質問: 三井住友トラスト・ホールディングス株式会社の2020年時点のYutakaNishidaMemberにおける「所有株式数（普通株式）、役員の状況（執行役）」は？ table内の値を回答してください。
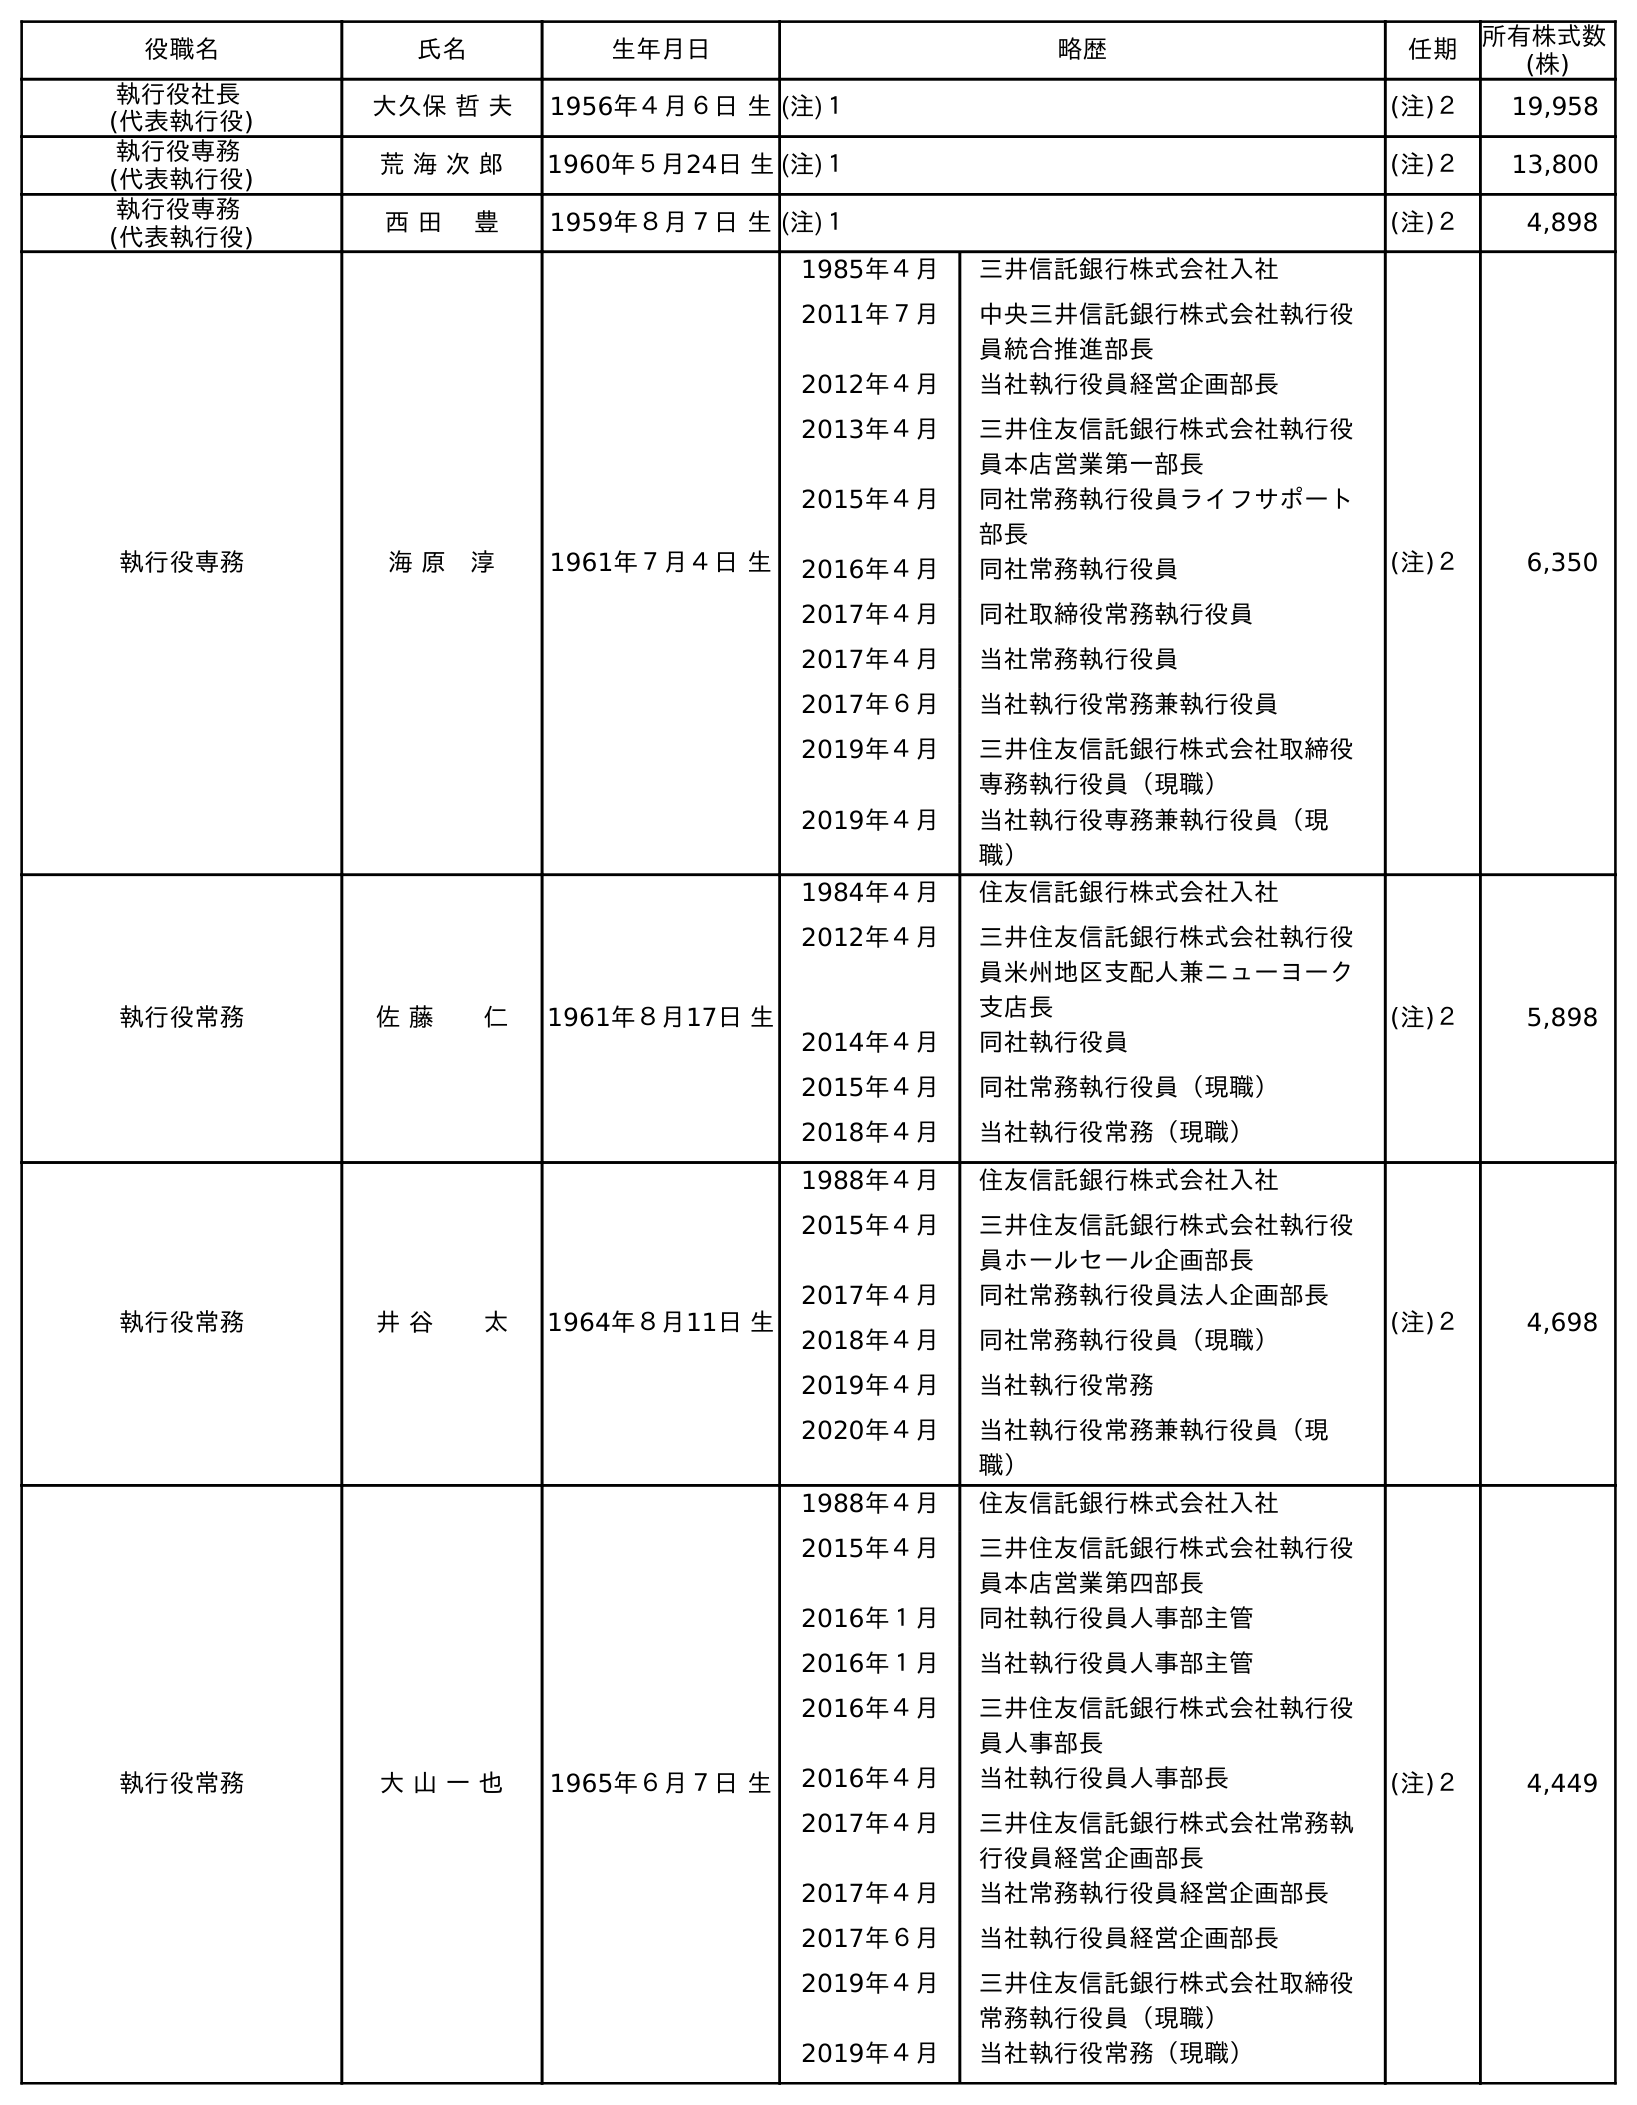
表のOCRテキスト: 役職名 氏名 生年月日 略歴 任期 所有株式数 (株) 執行役社長 (代表執行役) 大久保 哲 夫 1956年４月６日 生(注)１ (注)２ 19,958 執行役専務 (代表執行役) 荒 海 次 郎 1960年５月24日 生(注)１ (注)２ 13,800 執行役専務 (代表執行役) 西 田 豊 1959年８月７日 生(注)１ (注)２ 4,898 執行役専務 海 原 淳 1961年７月４日 生 1985年４月 三井信託銀行株式会社入社 2011年７月 中央三井信託銀行株式会社執行役 員統合推進部長 2012年４月 当社執行役員経営企画部長 2013年４月 三井住友信託銀行株式会社執行役 員本店営業第一部長 2015年４月 同社常務執行役員ライフサポート 部長 2016年４月 同社常務執行役員 2017年４月 同社取締役常務執行役員 2017年４月 当社常務執行役員 2017年６月 当社執行役常務兼執行役員 2019年４月 三井住友信託銀行株式会社取締役 専務執行役員（現職） 2019年４月 当社執行役専務兼執行役員（現 職） (注)２ 6,350 執行役常務 佐 藤  仁 1961年８月17日 生 1984年４月 住友信託銀行株式会社入社 2012年４月 三井住友信託銀行株式会社執行役 員米州地区支配人兼ニューヨーク 支店長 2014年４月 同社執行役員 2015年４月 同社常務執行役員（現職） 2018年４月 当社執行役常務（現職） (注)２ 5,898 執行役常務 井 谷  太 1964年８月11日 生 1988年４月 住友信託銀行株式会社入社 2015年４月 三井住友信託銀行株式会社執行役 員ホールセール企画部長 2017年４月 同社常務執行役員法人企画部長 2018年４月 同社常務執行役員（現職） 2019年４月 当社執行役常務 2020年４月 当社執行役常務兼執行役員（現 職） (注)２ 4,698 執行役常務 大 山 一 也 1965年６月７日 生 1988年４月 住友信託銀行株式会社入社 2015年４月 三井住友信託銀行株式会社執行役 員本店営業第四部長 2016年１月 同社執行役員人事部主管 2016年１月 当社執行役員人事部主管 2016年４月 三井住友信託銀行株式会社執行役 員人事部長 2016年４月 当社執行役員人事部長 2017年４月 三井住友信託銀行株式会社常務執 行役員経営企画部長 2017年４月 当社常務執行役員経営企画部長 2017年６月 当社執行役員経営企画部長 2019年４月 三井住友信託銀行株式会社取締役 常務執行役員（現職） 2019年４月 当社執行役常務（現職） (注)２ 4,449
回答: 4,898